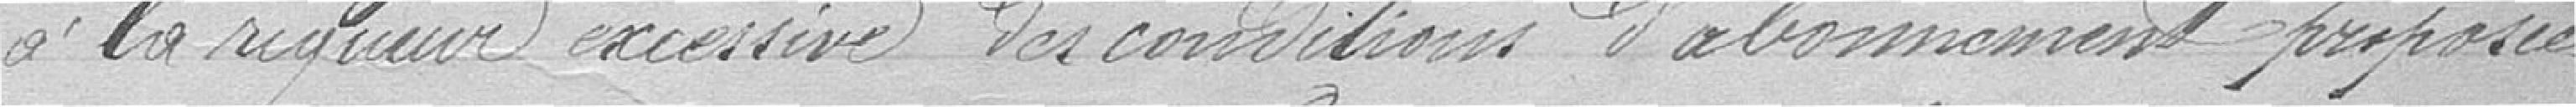
à la rigueur excessive des conditions d'abonnement proposées